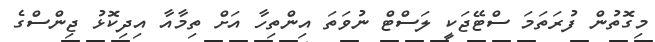
މިގޮތުން ފުރަތަމަ ސްޓޭޖަކީ ލަސްޓް ނުވަތަ އިންތިހާ އަށް ތިމާއާ އިދިކޮޅު ޖިންސްގެ